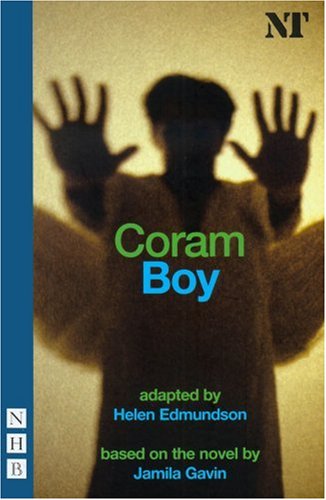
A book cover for Coram Boy (Nick Hern Books); Jamila Gavin; Literature & Fiction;